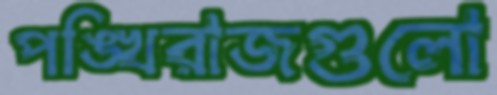
পঙ্খিরাজগুলো